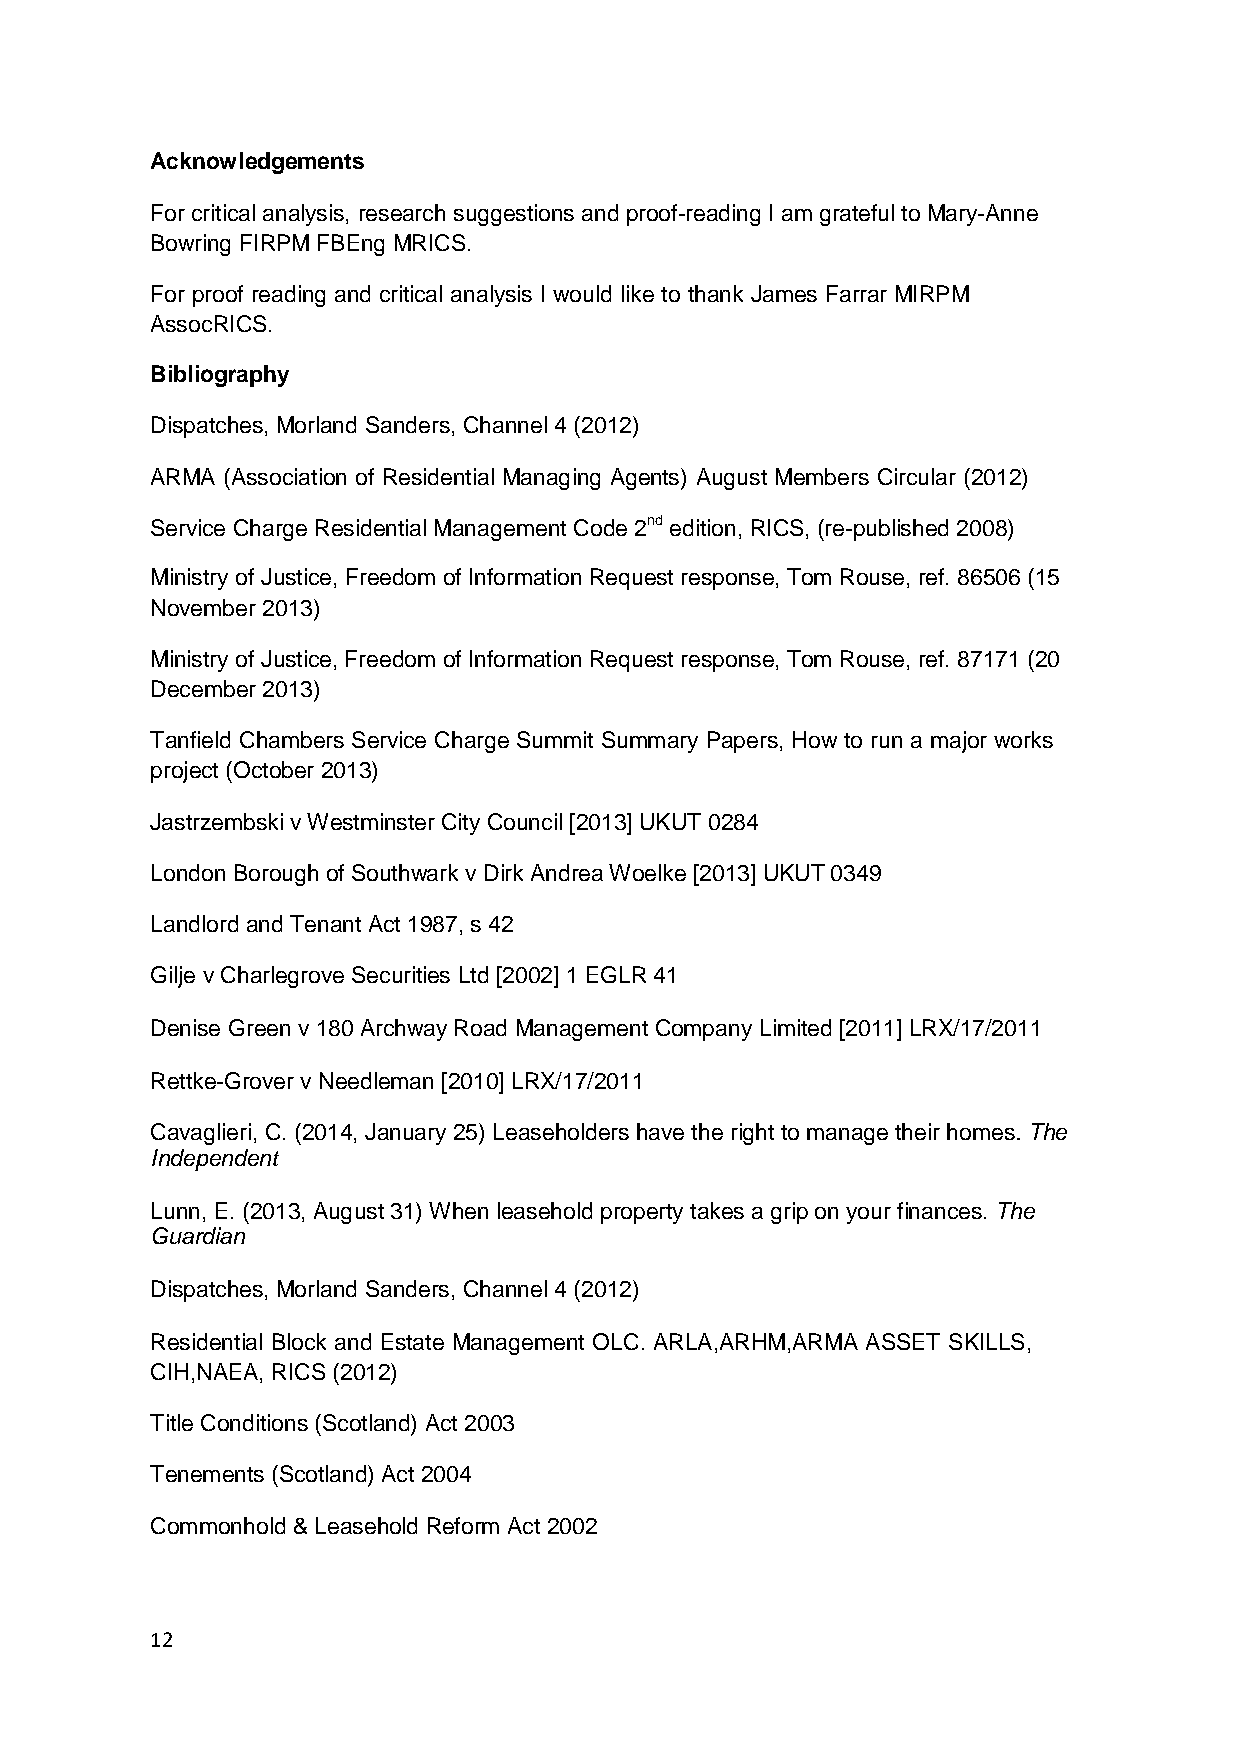
Acknowledgements
 For critical analysis, research suggestions and proof-reading I am grateful to Mary-Anne
 Bowring FIRPM FBEng MRICS.
 For proof reading and critical analysis I would like to thank James Farrar MIRPM
 AssocRICS.
 Bibliography
 Dispatches, Morland Sanders, Channel 4 (2012)
 ARMA (Association of Residential Managing Agents) August Members Circular (2012)
 Service Charge Residential Management Code 2nd edition, RICS, (re-published 2008)
 Ministry of Justice, Freedom of Information Request response, Tom Rouse, ref. 86506 (15
 November 2013)
 Ministry of Justice, Freedom of Information Request response, Tom Rouse, ref. 87171 (20
 December 2013)
 Tanfield Chambers Service Charge Summit Summary Papers, How to run a major works
 project (October 2013)
 Jastrzembski v Westminster City Council [2013] UKUT 0284
 London Borough of Southwark v Dirk Andrea Woelke [2013] UKUT 0349
 Landlord and Tenant Act 1987, s 42
 Gilje v Charlegrove Securities Ltd [2002] 1 EGLR 41
 Denise Green v 180 Archway Road Management Company Limited [2011] LRX/17/2011
 Rettke-Grover v Needleman [2010] LRX/17/2011
 Cavaglieri, C. (2014, January 25) Leaseholders have the right to manage their homes. The
 Independent
 Lunn, E. (2013, August 31) When leasehold property takes a grip on your finances. The
 Guardian
 Dispatches, Morland Sanders, Channel 4 (2012)
 Residential Block and Estate Management OLC. ARLA,ARHM,ARMA ASSET SKILLS,
 CIH,NAEA, RICS (2012)
 Title Conditions (Scotland) Act 2003
 Tenements (Scotland) Act 2004
 Commonhold & Leasehold Reform Act 2002
 12